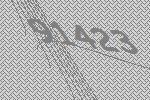
91423